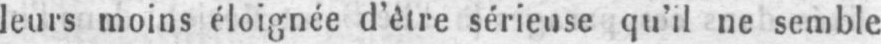
leurs moins éloignée d’être sérieuse qu’il ne semble